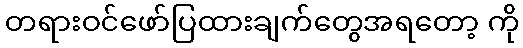
တရားဝင်ဖော်ပြထားချက်တွေအရတော့ ကို